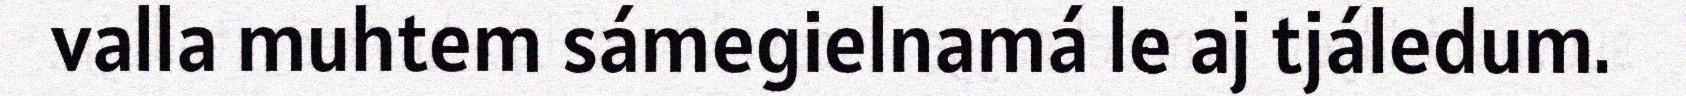
valla muhtem sámegielnamá le aj tjáledum.